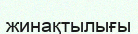
жинақтылығы